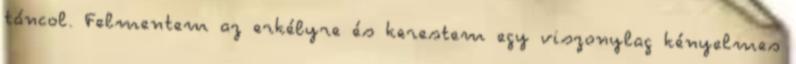
táncol. Felmentem az erkélyre és kerestem egy viszonylag kényelmes